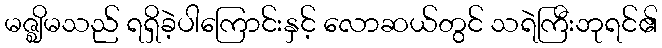
မဇ္ဈိမသည် ရရှိခဲ့ပါကြောင်းနှင့် လောဆယ်တွင် သရဲကြီးဘုရင်၏